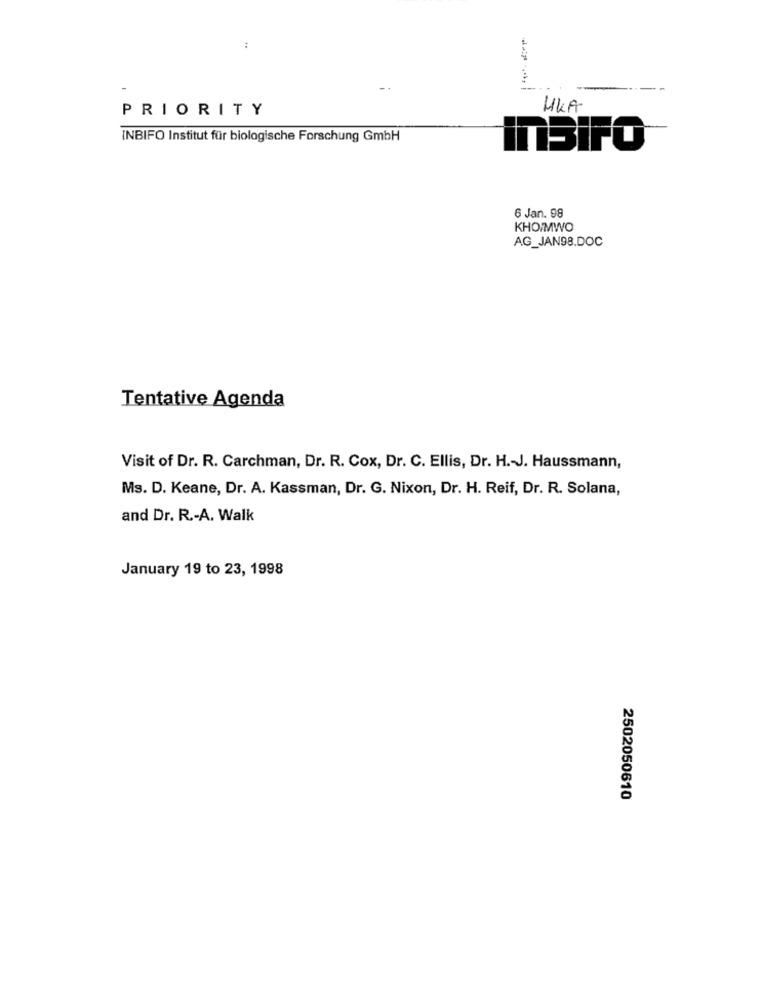
--
PRIORITY
HKA
INBIFO Institut für biologische Forschung GmbH
InSIFO
6 Jan. 98
KHO/MWO
AG_JAN98.DOC
Tentative Agenda
Visit of Dr. R. Carchman, Dr. R. Cox, Dr. C. Ellis, Dr. H .- J. Haussmann,
Ms. D. Keane, Dr. A. Kassman, Dr. G. Nixon, Dr. H. Reif, Dr. R. Solana,
and Dr. R .- A. Walk
January 19 to 23, 1998
2502050610